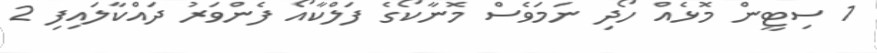
1 ސިޓީން މޮޅެއް ހޯދި ނަމަވެސް މޮނާކޯގެ ފަލްކާއޯ ފެންވަރު ދައްކާލައިފި 2